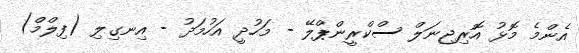
އެންމެ މޮޅު އޮރިޖިނަލް ސްކްރީންޕްލޭ - މަހުދީ އަހުމަދު - އިނގިލި (ފިލްމް)